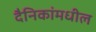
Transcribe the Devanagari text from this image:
दैनिकांमधील